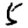
Digit: 5